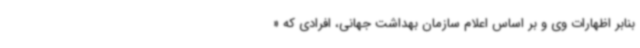
بنابر اظهارات وی و بر اساس اعلام سازمان بهداشت جهانی، افرادی که «